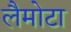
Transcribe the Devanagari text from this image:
लैमोटा